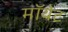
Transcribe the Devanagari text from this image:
मॉयेट